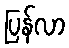
ပြန်လာ